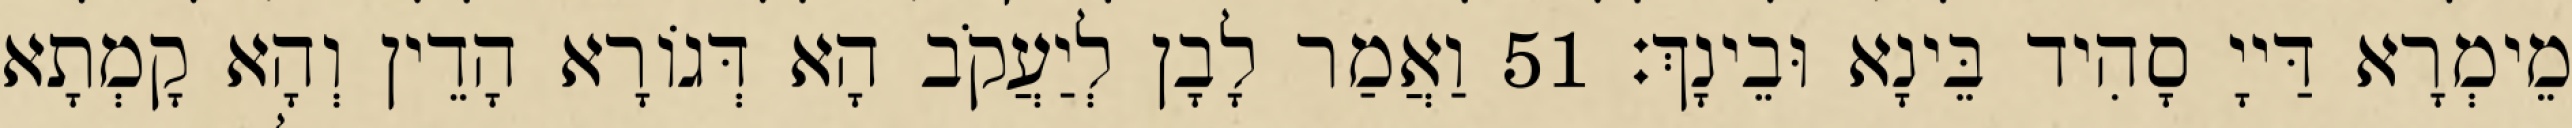
מֵימְרָא דַּייָ סָהִיד בֵּינָא וּבֵינָךְ׃ 51 וַאֲמַר לָבָן לְיַעֲקֹב הָא דְּגוֹרָא הָדֵין וְהָא קָמְתָא